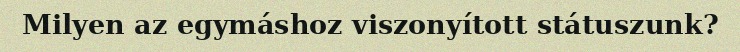
Milyen az egymáshoz viszonyított státuszunk?